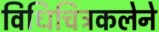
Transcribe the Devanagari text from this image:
विधिचित्रकलेने